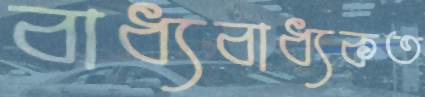
বাধ্যবাধ্যকত